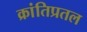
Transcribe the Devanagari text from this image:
क्रांतिप्रतल